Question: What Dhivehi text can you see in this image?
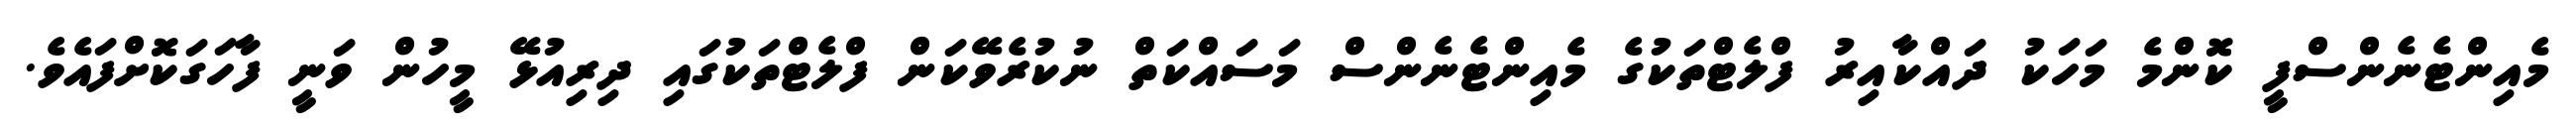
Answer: މެއިންޓެނެންސްފީ ކޮންމެ މަހަކު ދައްކާއިރު ފްލެޓްތަކުގެ މެއިންޓެނެންސް މަސައްކަތް ނުކުރެވޭކަން ފްލެޓްތަކުގައި ދިރިއުޅޭ މީހުން ވަނީ ފާހަގަކޮށްފައެވެ.